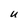
Character: U